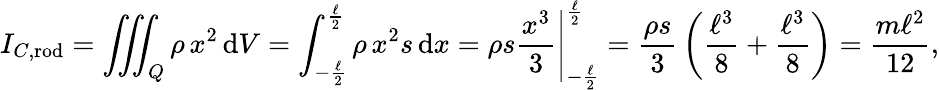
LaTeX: I_{C,{\mathrm{rod}}}=\iiint_{Q}\rho\, x^{2}\, \mathrm{d}V=\int_{-{\frac{\ell}{2}}}^{\frac{\ell}{2}}\rho\, x^{2}s\, \mathrm{d}x=\left.\rho s{\frac{x^{3}}{3}}\right|_{-{\frac{\ell}{2}}}^{\frac{\ell}{2}}={\frac{\rho s}{3}}\left({\frac{\ell^{3}}{8}}+{\frac{\ell^{3}}{8}}\right)={\frac{m\ell^{2}}{12}},